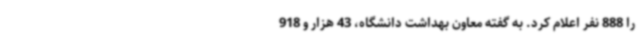
را 888 نفر اعلام کرد. به گفته معاون بهداشت دانشگاه، 43 هزار و 918